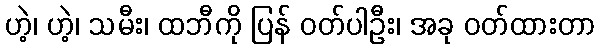
ဟဲ့၊ ဟဲ့၊ သမီး၊ ထဘီကို ပြန် ဝတ်ပါဦး၊ အခု ဝတ်ထားတာ